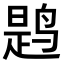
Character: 𫛸